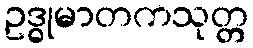
ဥဒ္ဓုမာတကသုတ္တ